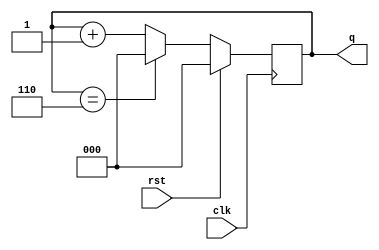
module mod(clk,rst,q);
parameter WIDTH=3;
parameter N=7;
//[2:0]arr [6:0];
integer i;
input clk,rst;
output reg [WIDTH-1:0]q;

always@(posedge clk)begin 
	if(rst) q<=0;
	else begin 
		if(q==N-1) q<=0;
		else q<=q+1;
			
	end
end
endmodule